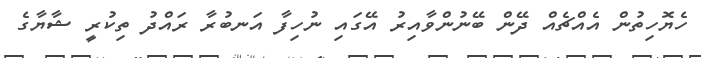
ހެޔޮހިތުން އެއްޗެއް ދޭން ބޭނުންވާއިރު އޭގައި ނުހިފާ އަނބުރާ ރައްދު ތިކުރީ ޝާޔާގެ